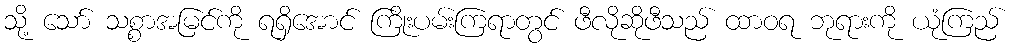
သို့ သော် သစ္စာအမြင်ကို ရရှိအောင် ကြိုးပမ်းကြရာတွင် ဖီလိုဆိုဖီသည် ထာဝရ ဘုရားကို ယုံကြည်